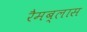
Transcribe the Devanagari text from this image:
रैमब्लास